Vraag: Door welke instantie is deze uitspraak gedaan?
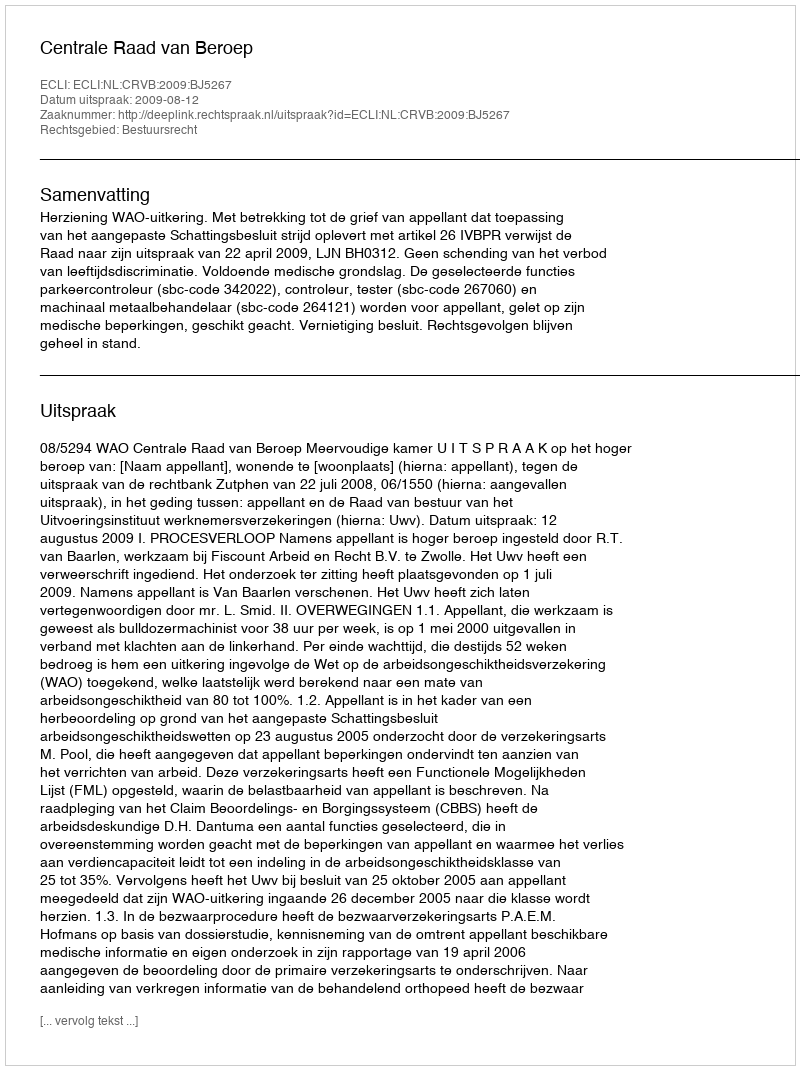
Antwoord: Centrale Raad van Beroep